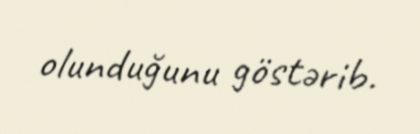
olunduğunu göstərib.